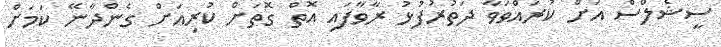
ސީޝެލްސް އަށް ކުރައްވަވާ ދަތުރުފުޅު ރާވާފައި އޮތް ގޮތަށް ކުރިއަށް ގެންދާނޭ ކަމަށް